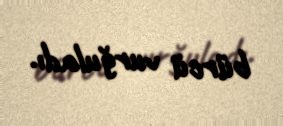
bürcü vurğuladı.